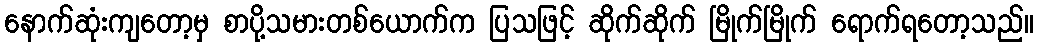
နောက်ဆုံးကျတော့မှ စာပို့သမားတစ်ယောက်က ပြသဖြင့် ဆိုက်ဆိုက် မြိုက်မြိုက် ရောက်ရတော့သည်။